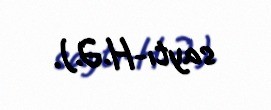
saytı-H.Ə.).